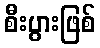
စီးပွားဖြစ်